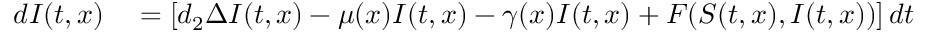
\begin{array} { r l } { d I ( t , x ) } & { { } = \left[ d _ { 2 } \Delta I ( t , x ) - \mu ( x ) I ( t , x ) - \gamma ( x ) I ( t , x ) + { F ( S ( t , x ) , I ( t , x ) ) } \right] d t } \end{array}